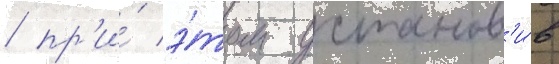
/ пр'и́ э́том установ'и́в